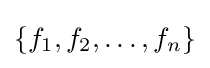
\{f_{1},f_{2},\ldots ,f_{n}\}